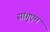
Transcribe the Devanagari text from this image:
सांगुएम